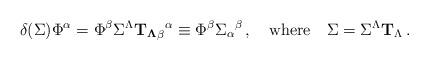
LaTeX: \begin{align*}\delta(\Sigma) \Phi^\alpha = \Phi^\beta \Sigma^\Lambda{\bf T_\Lambda}_\beta{}^\alpha \equiv \Phi^\beta\Sigma_\alpha{}^\beta\,,\quad \mbox{where}\quad \Sigma = \Sigma^\Lambda{\bf T}_\Lambda\,.\end{align*}